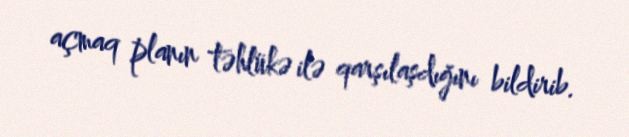
açmaq planın təhlükə ilə qarşılaşdığını bildirib.